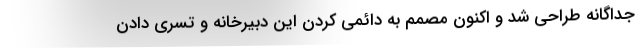
جداگانه طراحی شد و اکنون مصمم به دائمی کردن این دبیرخانه و تسری دادن